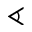
\sphericalangle